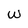
Character: w